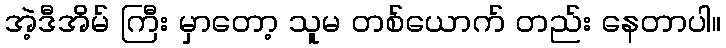
အဲ့ဒီအိမ် ကြီး မှာတော့ သူမ တစ်ယောက် တည်း နေတာပါ။